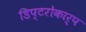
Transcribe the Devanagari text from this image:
डिप्टरोकार्प